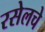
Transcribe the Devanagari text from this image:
रसेलचे